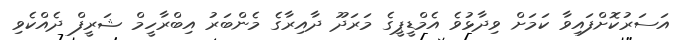
އަސަރުކޮށްފައިވާ ކަމަށް ވިދާޅުވެ އެމްޑީޕީގެ މަރަދޫ ދާއިރާގެ މެންބަރު އިބްރާހީމް ޝަރީފް ދެއްކެވި